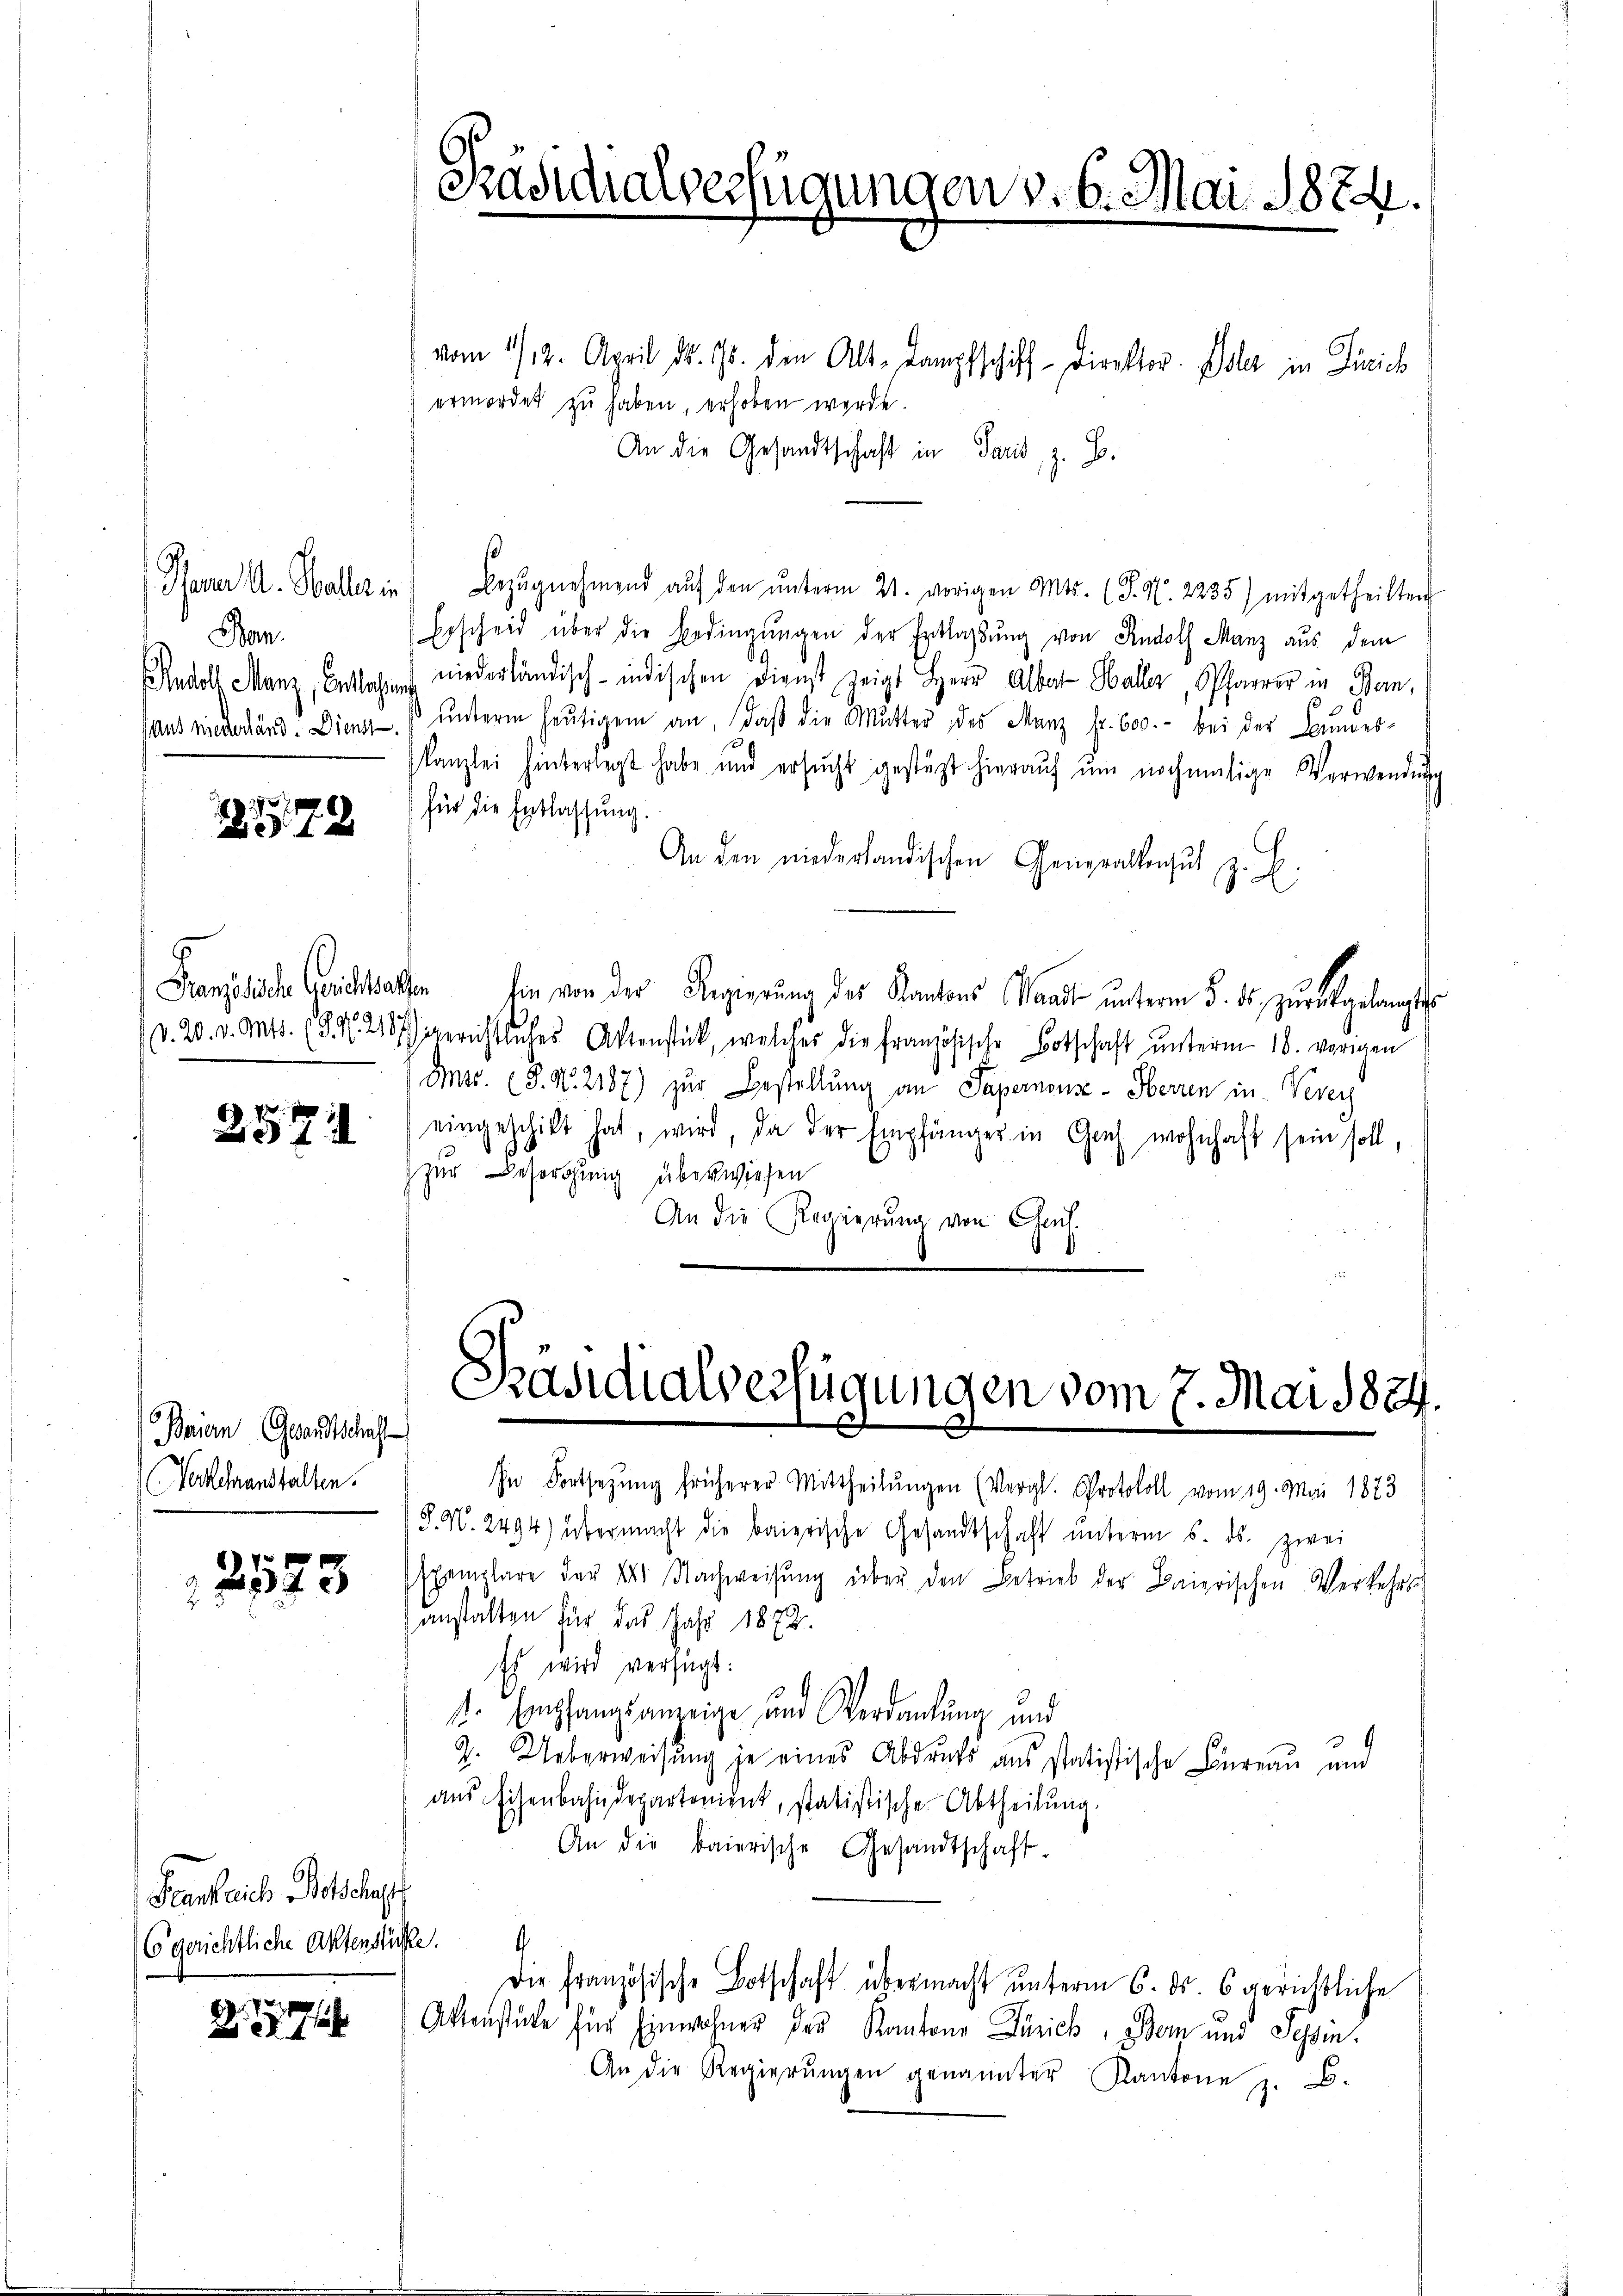
Bar.

1779

257

Baiern Gesandtschaft
Verlehranstalten.

21573

Scante ich Solche
6o gerichtliche Aktenstücke.

Präsidialverfügungen v. 6. Mai 1874.

vom 1/12. April d. 15. den Alt-Lampfschiff-Direktor. Edler in Zürich
ermordet zu haben, erhoben werde.
An die Gesandtschaft in Paris, z. B.
Parer A. Halles in Bezŭgnehmend aŭf den ŭnterm 21. vorigen Mts. (T. N. 2235) mitgetheilten
Bescheid über die Bedingungen der Entlassung von Rudolf Manz aus dem
Rudolf Manz, Bettag niederländisch-indischen Dienst zeigt Herr Alber Haller, Pfarrer in Bern,
aus niederländ. Diens ŭnterm heŭtigem an, daβ die Mutter des Manz fr. 600.- bei der Bundes-
Kanzlei hinterlegt habe und ersŭcht gestüzt hieraŭf ŭm nochmalige Verwendŭng
¬
für die Entlassung.
An den niederländischen Generallengŭt z. B.
Französisch leichhalten hin von der Regierung des Kantons Waadt unterm 5. ds. zurückgelangte
d. 20. v. Mts. (§. 7. 2157 gerichtliches Aktenstück, welches die französische Botschaft ŭnterm 18. vorigen
Ims. (§. N. 2187) zur Bestellung an Papernouse - Herren in Verer
eingeschickt hat, wird, da der Empfänger in Gaus wohnhaft sein soll,
zur Besorgung überwiesen
An die Regierung von Chauf¬

Präsidialverfügungen vom 7. Mai 1824.

In Fortsetzung früherer Mittheilŭngen (Vergl. Protokoll vom 19. Mai 1873
S. N. 2494) übermacht die bairische Gesandtschaft ŭnterm 5. ds. zwei
spemplare der 24. Nachweisŭng über den Betrieb der Baierischen Verkehrs
anstalten für das Jahr 1872.
Es wird verfügt:
st. Empfangsanzeige und Verdankung und
G. Ueberweisung je eines Abdrucks aus statistische Einreau und
aus Eisenbahndepartement, statistische Abtheilung.
An die baierische Gesandtschaft-
.
Die französische Botschaft übermacht unterm 6. ds. 6 gerichtliche
Aktenstücke für Einwohner der Kantone Zürich, Bern und Tessin.
An die Regierŭngen genannter Kantone z. B.